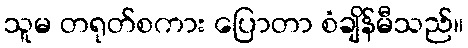
သူမ တရုတ်စကား ပြောတာ စံချိန်မီသည်။